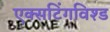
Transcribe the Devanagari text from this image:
एक्सटिंगविश्ड